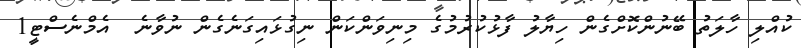
ކުއްލި ހާލަތު ބޭނުންކޮށްގެން ހިޔާލު ފާޅުކުރުމުގެ މިނިވަންކަން ނިގުޅައިގަނެގެން ނުވާނެ  އެމްނެސްޓީ1